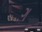
ગ